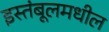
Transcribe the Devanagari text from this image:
इस्तंबूलमधील